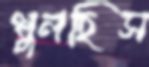
খুলছিস